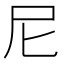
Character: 尼